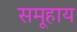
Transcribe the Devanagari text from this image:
समूहाय